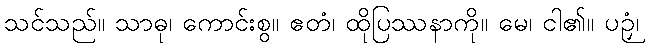
သင်သည်။ သာဓု၊ ကောင်းစွ။ ဧတံ၊ ထိုပြဿနာကို။ မေ၊ ငါ၏။ ပဉှံ၊